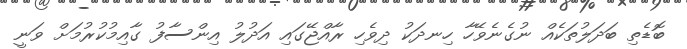
ބޮޑެތި ބަދަލުތަކެއް ނުގެނެވޭހާ ހިނދަކު ދިވެހި ރާއްޖޭގައި އަދުލު އިންސާފު ގާއިމުކުރުމަށް ވަނީ